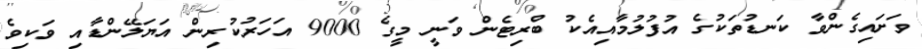
ވަށައިގެންވާ ކަނޑުތަކުގެ އުފުލުމާއިއެކު ބްރިޓެން ވަނީ މީގެ 9000 އަހަރުކުރިން އަޔަލޭންޑާއި ވަކިވެ